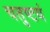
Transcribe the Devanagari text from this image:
चतुष्टयं